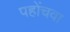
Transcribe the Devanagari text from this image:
पहोंचवा